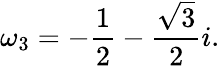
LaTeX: \omega_{3}=-{\frac{1}{2}}-{\frac{\sqrt{3}}{2}}i.